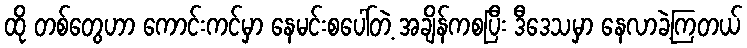
ထို တစ်တွေဟာ ကောင်းကင်မှာ နေမင်းစပေါ်တဲ့ အချိန်ကစပြီး ဒီဒေသမှာ နေလာခဲ့ကြတယ်